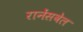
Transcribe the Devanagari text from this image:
रानेंसवेल